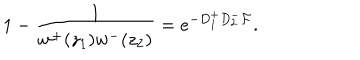
1 - \frac 1 { w ^ { + } ( z _ { 1 } ) w ^ { - } ( z _ { 2 } ) } = e ^ { - D _ { 1 } ^ { + } D _ { 2 } ^ { - } { \cal F } } .